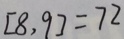
[ 8 , 9 ] = 7 2